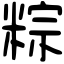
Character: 粽